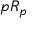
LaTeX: { \mathfrak { p } } R _ { \mathfrak { p } }